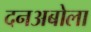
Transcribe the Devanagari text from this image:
दनअबोला